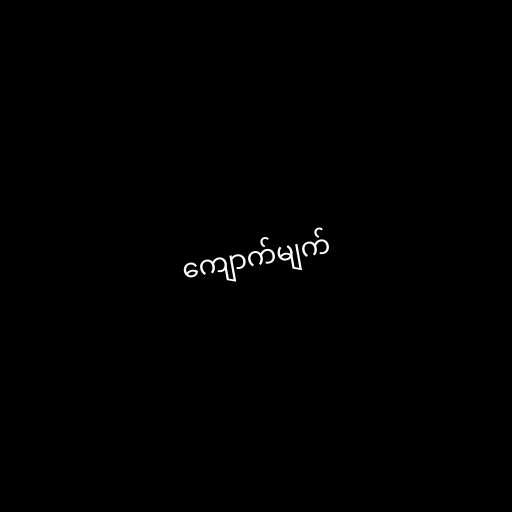
ကျောက်မျက်